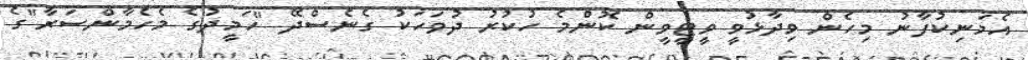
އެމަނިކުފާނު މިހެން ވިދާޅުވީ ވީޓީވީން ކޮންމެ ހުކުރު ދުވަހަކު ގެނެސްދޭ "ހަމީދުގެ މެހެމާންސަރާ"ގެ